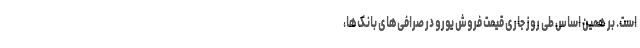
است. بر همین‌ اساس طی روز جاری قیمت فروش یورو در صرافی‌های بانک‌ها،